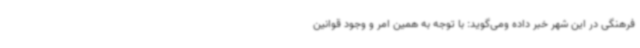
فرهنگی در این شهر خبر داده ومی‌گوید: با توجه به همین امر و وجود قوانین